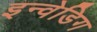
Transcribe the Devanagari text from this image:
इन्वेडिग